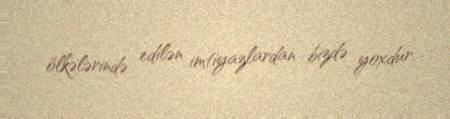
ölkələrində edilən imtiyazlardan bizdə yoxdur.